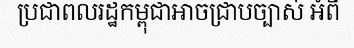
ប្រជាពលរដ្ឋកម្ពុជាអាចជ្រាបច្បាស់ អំពី